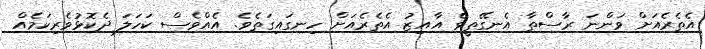
އެތެރެއަށް ވަންނަ ރާސްތާ އެނގޭތީވެ އާއިޒު އެތެރެއަށް ހިނގައިގަތެވެ. އެއްވެސް ކަހަލަ ދެކޮޅުވެރިކަމެއް